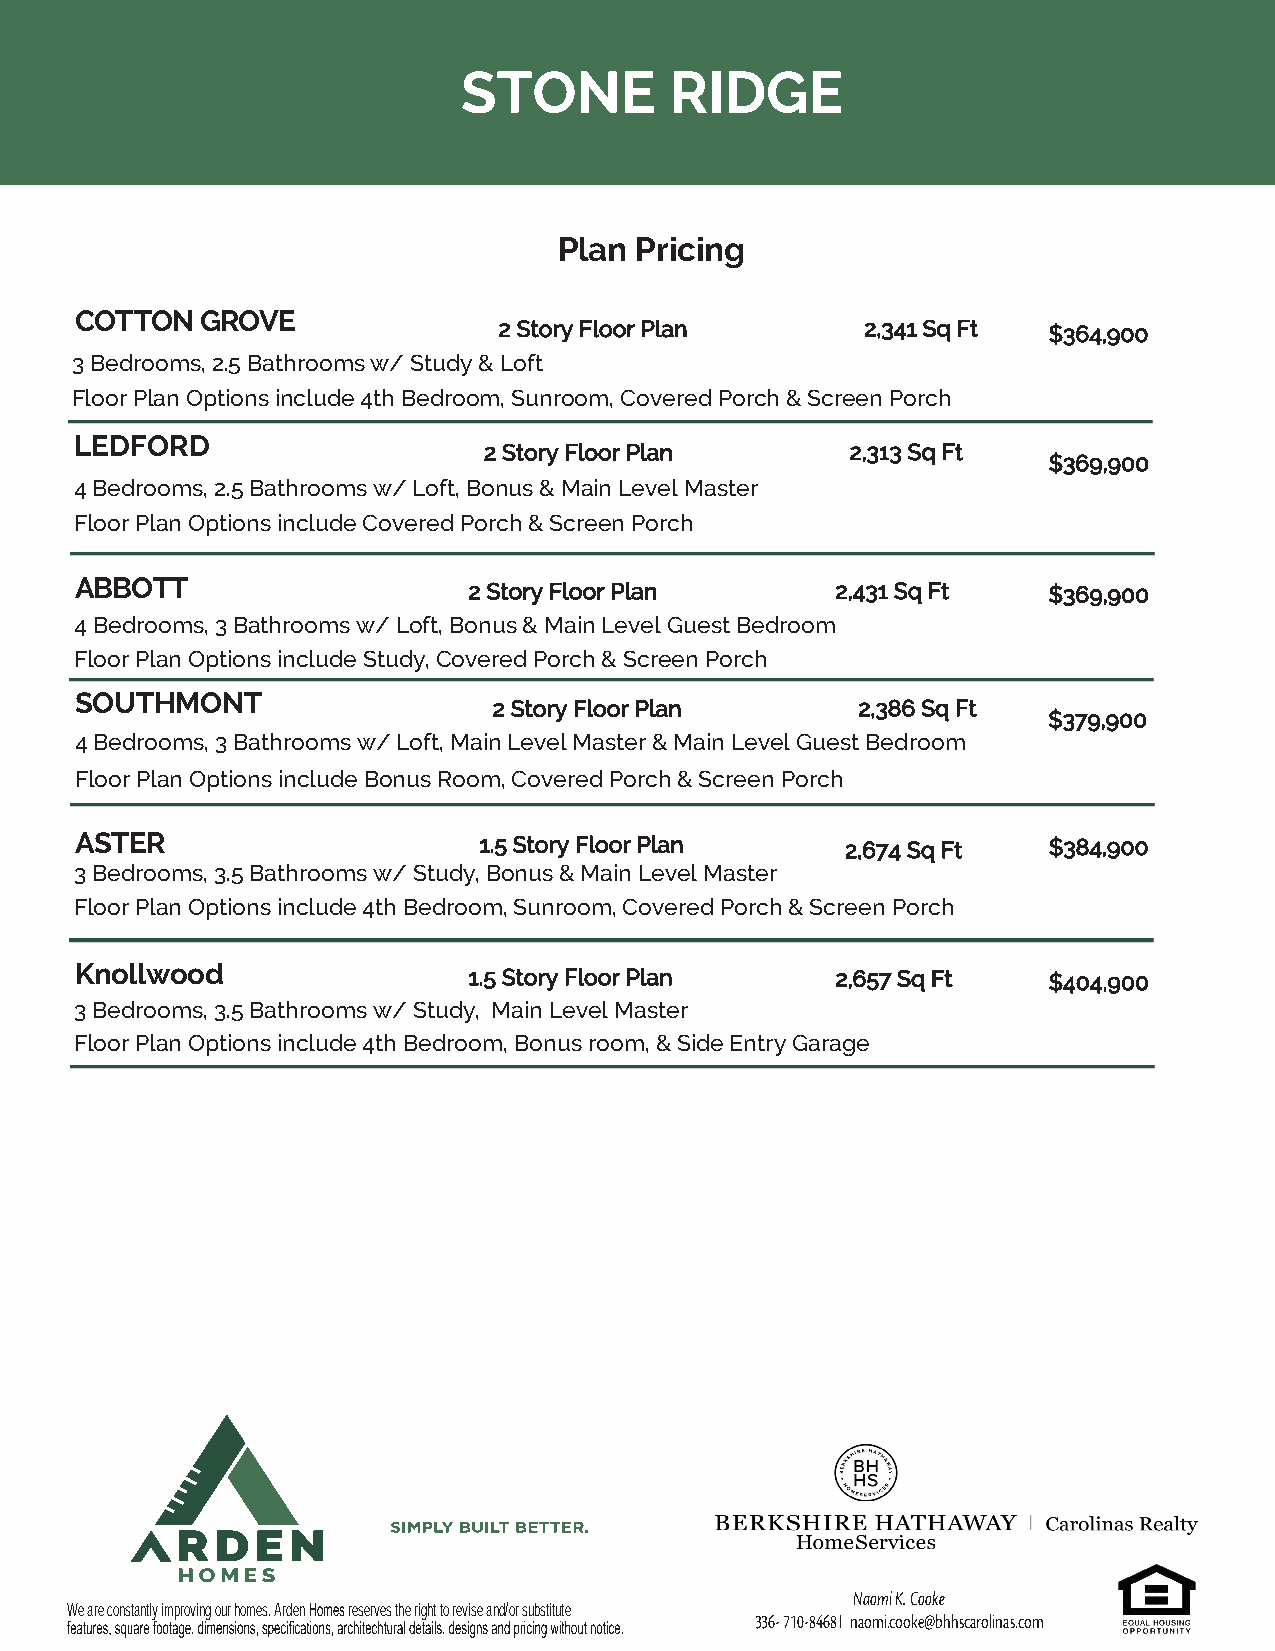
STONE        RIDGE
 Plan Pricing
 COTTON  GROVE
 2 Story Floor Plan      2,341 Sq Ft $364,900
 3 Bedrooms, 2.5 Bathrooms w/ Study & Loft
 Floor Plan Options include 4th Bedroom, Sunroom, Covered Porch & Screen Porch
 LEDFORD
 2 Story Floor Plan      2,313 Sq Ft
 $369,900
 4 Bedrooms, 2.5 Bathrooms w/ Loft, Bonus & Main Level Master
 Floor Plan Options include Covered Porch & Screen Porch
 ABBOTT                    2 Story Floor Plan      2,431 Sq Ft   $369,900
 4 Bedrooms, 3 Bathrooms w/ Loft, Bonus & Main Level Guest Bedroom
 Floor Plan Options include Study, Covered Porch & Screen Porch
 SOUTHMONT
 2 Story Floor Plan      2,386 Sq Ft
 $379,900
 4 Bedrooms, 3 Bathrooms w/ Loft, Main Level Master & Main Level Guest Bedroom
 Floor Plan Options include Bonus Room, Covered Porch & Screen Porch
 ASTER                      1.5 Story Floor Plan    2,674 Sq Ft  $384,900
 3 Bedrooms, 3.5 Bathrooms w/ Study, Bonus & Main Level Master
 Floor Plan Options include 4th Bedroom, Sunroom, Covered Porch & Screen Porch
 Knollwood                 1.5 Story Floor Plan    2,657 Sq Ft   $404,900
 3 Bedrooms, 3.5 Bathrooms w/ Study, Main Level Master
 Floor Plan Options include 4th Bedroom, Bonus room, & Side Entry Garage
 Naomi K. Cooke
 We are constantly improving our homes. Arden Homes reserves the right to revise and/or substitute
 336- 710-8468 I naomi.cooke@bhhscarolinas.com